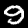
Digit: 9